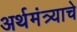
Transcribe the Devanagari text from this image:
अर्थमंत्र्याचे